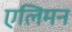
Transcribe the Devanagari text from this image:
एलिमन